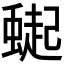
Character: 𮔸